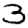
Digit: 3